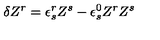
\delta Z ^ { r } = \epsilon _ { s } ^ { r } Z ^ { s } - \epsilon _ { s } ^ { 0 } Z ^ { r } Z ^ { s }